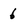
Character: 6